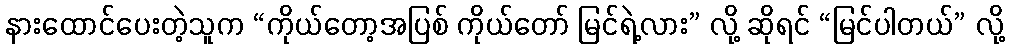
နားထောင်ပေးတဲ့သူက “ကိုယ်တော့အပြစ် ကိုယ်တော် မြင်ရဲ့လား” လို့ ဆိုရင် “မြင်ပါတယ်” လို့